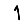
Digit: 1